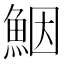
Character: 𩶾